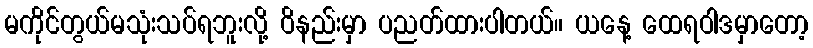
မကိုင်တွယ်မသုံးသပ်ရဘူးလို့ ဝိနည်းမှာ ပညတ်ထားပါတယ်။ ယနေ့ ထေရဝါဒမှာတော့